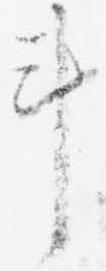
車